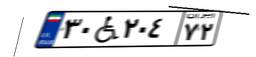
۳۰W۲۰۴۷۲